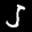
Label: 5